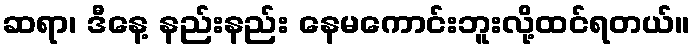
ဆရာ၊ ဒီနေ့ နည်းနည်း နေမကောင်းဘူးလို့ထင်ရတယ်။